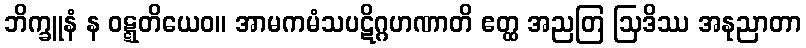
ဘိက္ခူနံ န ဝဋ္ဋတိယေဝ။ အာမကမံသပဋိဂ္ဂဟဏာတိ ဧတ္ထ အညတြ ဩဒိဿ အနုညာတာ